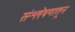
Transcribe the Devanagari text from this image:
संश्लेषणातून